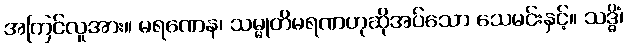
အကြင်လူအား။ မရဏေန၊ သမ္မုတိမရဏဟုဆိုအပ်သော သေမင်းနှင့်။ သဒ္ဓိံ၊